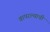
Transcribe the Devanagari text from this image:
वापरल्याची